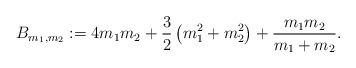
LaTeX: \begin{align*} B_{m_1,m_2}:=4m_1m_2+\frac{3}{2}\left(m_1^2+m_2^2\right)+\frac{m_1m_2}{m_1+m_2}.\end{align*}